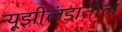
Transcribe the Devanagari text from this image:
न्यूझीलंडातील